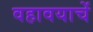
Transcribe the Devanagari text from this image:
वहावयाचें